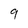
Character: 9